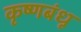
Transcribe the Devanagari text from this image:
कृष्णबंधू